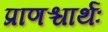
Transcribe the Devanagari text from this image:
प्राणश्चार्थः